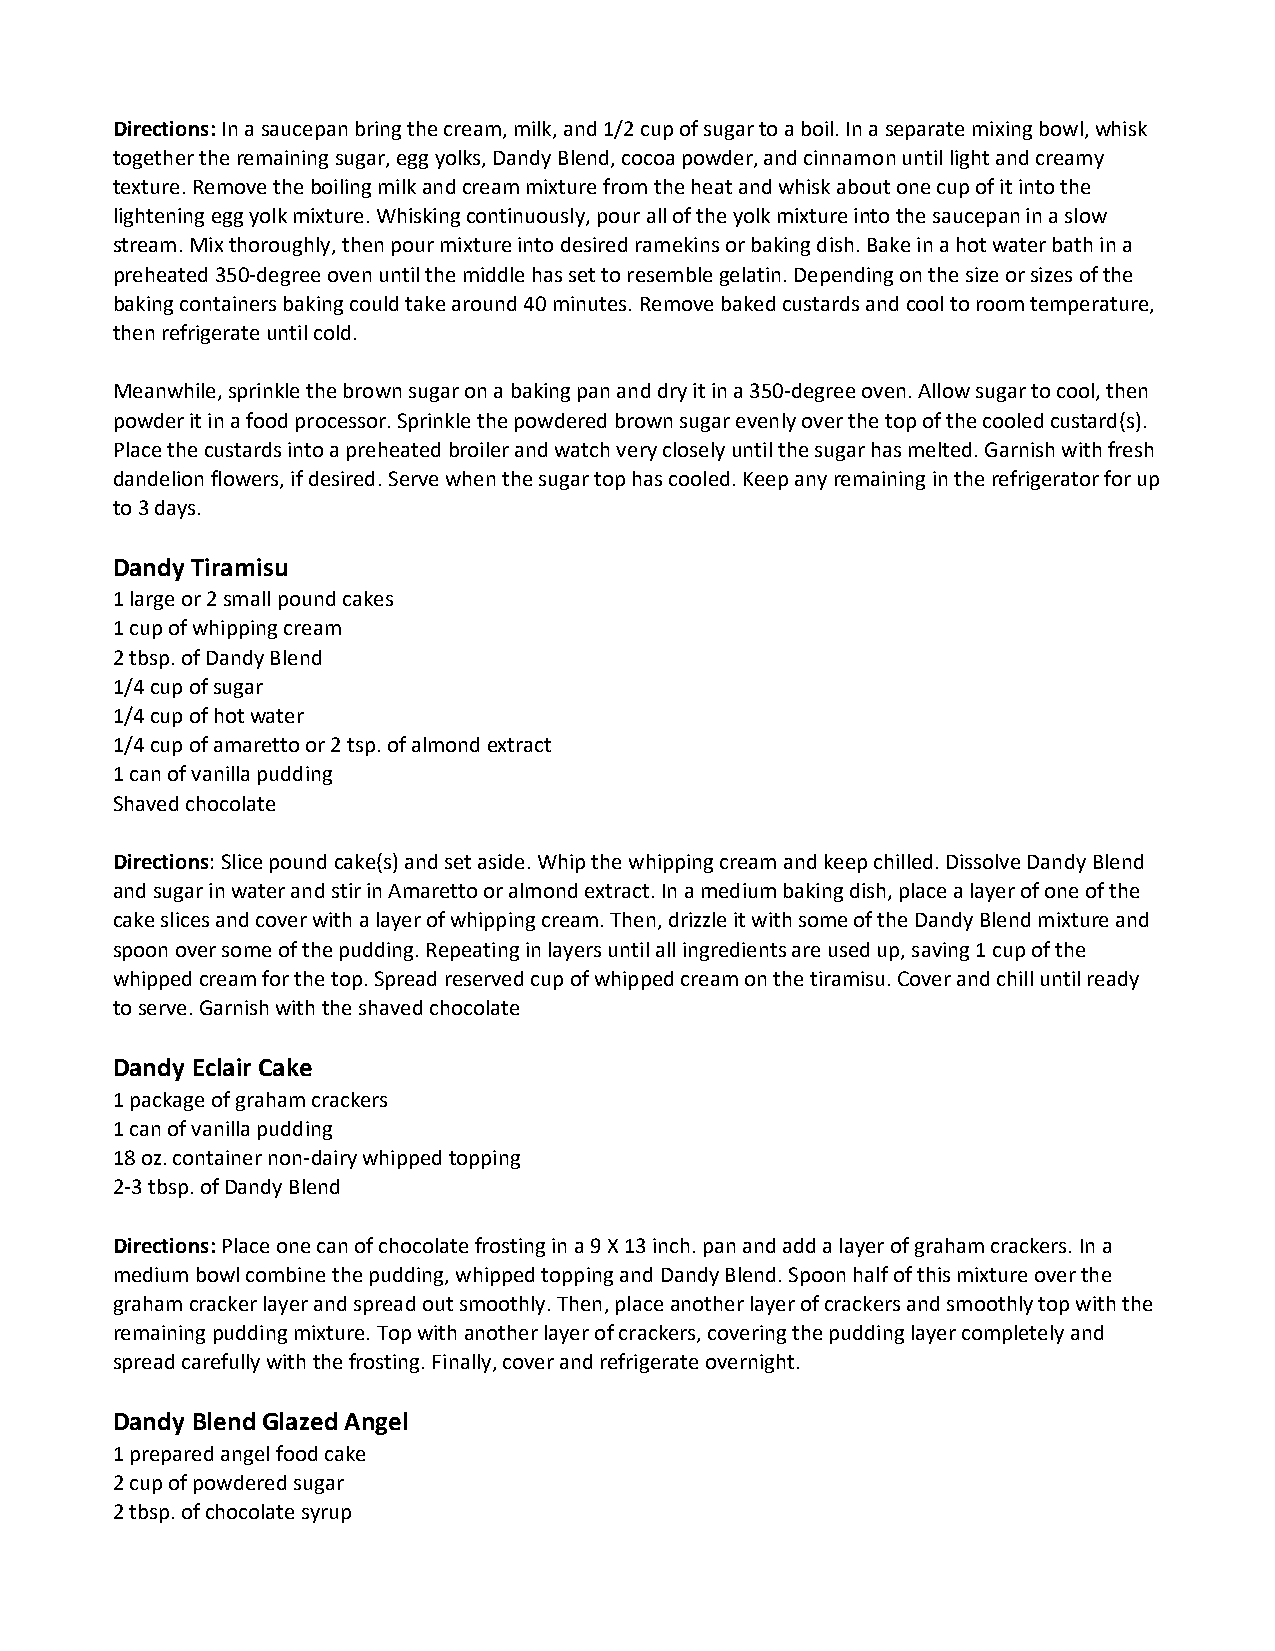
Directions: In a saucepan bring the cream, milk, and 1/2 cup of sugar to a boil. In a separate mixing bowl, whisk
 together the remaining sugar, egg yolks, Dandy Blend, cocoa powder, and cinnamon until light and creamy
 texture. Remove the boiling milk and cream mixture from the heat and whisk about one cup of it into the
 lightening egg yolk mixture. Whisking continuously, pour all of the yolk mixture into the saucepan in a slow
 stream. Mix thoroughly, then pour mixture into desired ramekins or baking dish. Bake in a hot water bath in a
 preheated 350-degree oven until the middle has set to resemble gelatin. Depending on the size or sizes of the
 baking containers baking could take around 40 minutes. Remove baked custards and cool to room temperature,
 then refrigerate until cold.
 Meanwhile, sprinkle the brown sugar on a baking pan and dry it in a 350-degree oven. Allow sugar to cool, then
 powder it in a food processor. Sprinkle the powdered brown sugar evenly over the top of the cooled custard(s).
 Place the custards into a preheated broiler and watch very closely until the sugar has melted. Garnish with fresh
 dandelion flowers, if desired. Serve when the sugar top has cooled. Keep any remaining in the refrigerator for up
 to 3 days.
 Dandy Tiramisu
 1 large or 2 small pound cakes
 1 cup of whipping cream
 2 tbsp. of Dandy Blend
 1/4 cup of sugar
 1/4 cup of hot water
 1/4 cup of amaretto or 2 tsp. of almond extract
 1 can of vanilla pudding
 Shaved chocolate
 Directions: Slice pound cake(s) and set aside. Whip the whipping cream and keep chilled. Dissolve Dandy Blend
 and sugar in water and stir in Amaretto or almond extract. In a medium baking dish, place a layer of one of the
 cake slices and cover with a layer of whipping cream. Then, drizzle it with some of the Dandy Blend mixture and
 spoon over some of the pudding. Repeating in layers until all ingredients are used up, saving 1 cup of the
 whipped cream for the top. Spread reserved cup of whipped cream on the tiramisu. Cover and chill until ready
 to serve. Garnish with the shaved chocolate
 Dandy Eclair Cake
 1 package of graham crackers
 1 can of vanilla pudding
 18 oz. container non-dairy whipped topping
 2-3 tbsp. of Dandy Blend
 Directions: Place one can of chocolate frosting in a 9 X 13 inch. pan and add a layer of graham crackers. In a
 medium bowl combine the pudding, whipped topping and Dandy Blend. Spoon half of this mixture over the
 graham cracker layer and spread out smoothly. Then, place another layer of crackers and smoothly top with the
 remaining pudding mixture. Top with another layer of crackers, covering the pudding layer completely and
 spread carefully with the frosting. Finally, cover and refrigerate overnight.
 Dandy Blend Glazed Angel
 1 prepared angel food cake
 2 cup of powdered sugar
 2 tbsp. of chocolate syrup